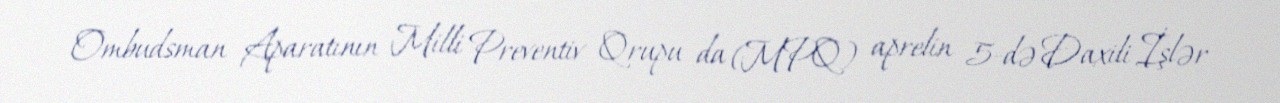
Ombudsman Aparatının Milli Preventiv Qrupu da (MPQ) aprelin 5-də Daxili İşlər